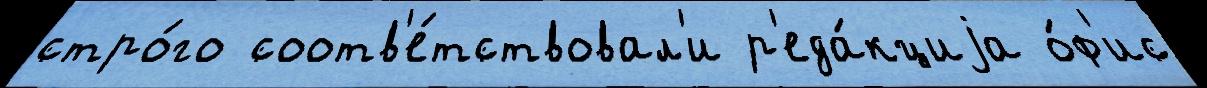
стро́го соотв'е́тствовал'и р'еда́кциjа о́ф'ис